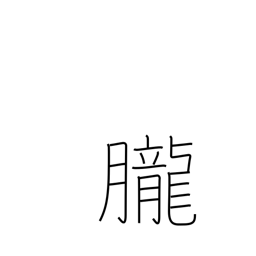
Meaning: dreaminess